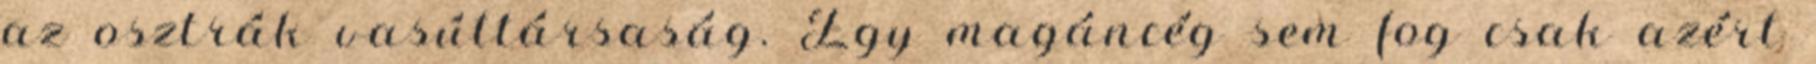
az osztrák vasúttársaság. Egy magáncég sem fog csak azért